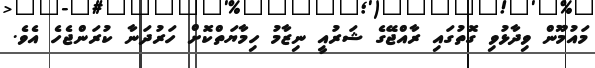
މައުމޫން ވިދާޅުވި ގޮތުގައި ރާއްޖޭގެ ޝަރުއީ ނިޒާމު ހިމާޔަތްކޮށް ހަރުދަނާ ކުރަންޖެހެ އެވެ.